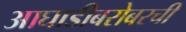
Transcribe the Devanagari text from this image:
आघाडीबरोबरची